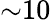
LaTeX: {\sim}10